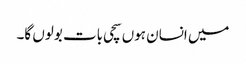
میں انسان ہوں سچی بات بولوں گا۔